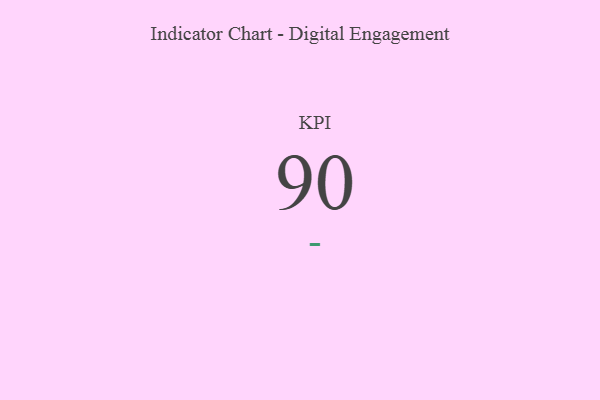
{"axis": {"x": "KPI", "y": "Value"}, "legend": [""], "data": [{"x": "KPI", "y": 90, "type": ""}]}